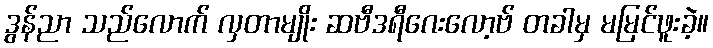
ဒွန်ညာ သည်လောက် လှတာမျိုး ဆဗီဒရီဂေးလော့ဗ် တခါမှ မမြင်ဖူးခဲ့။